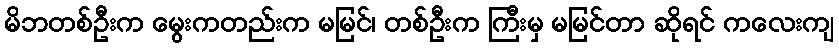
မိဘတစ်ဦးက မွေးကတည်းက မမြင်၊ တစ်ဦးက ကြီးမှ မမြင်တာ ဆိုရင် ကလေးကျ